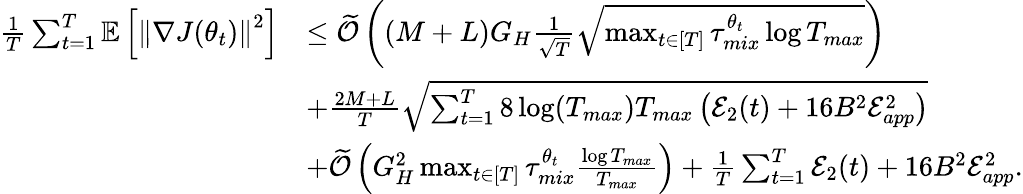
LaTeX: \begin{array}{rl}{\frac{1}{T}\sum_{t=1}^{T}\mathbb{E}\left[\left\lVert\nabla J(\theta_{t})\right\rVert^{2}\right]}&{\leq\widetilde{\mathcal{O}}\left((M+L)G_{H}\frac{1}{\sqrt{T}}\sqrt{\operatorname*{max}_{t\in[T]}\tau_{mix}^{\theta_{t}}\log T_{max}}\right)}\\ &{+\frac{2M+L}{T}\sqrt{\sum_{t=1}^{T}8\log(T_{max})T_{max}\left(\mathcal{E}_{2}(t)+16B^{2}\mathcal{E}_{app}^{2}\right)}}\\ &{+\widetilde{\mathcal{O}}\left(G_{H}^{2}\operatorname*{max}_{t\in[T]}\tau_{mix}^{\theta_{t}}\frac{\log T_{max}}{T_{max}}\right)+\frac{1}{T}\sum_{t=1}^{T}\mathcal{E}_{2}(t)+16B^{2}\mathcal{E}_{app}^{2}.}\end{array}